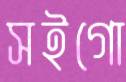
সইগো